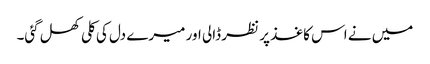
میں نے اس کاغذ پر نظر ڈالی اور میرے دل کی کلی کھل گئی۔